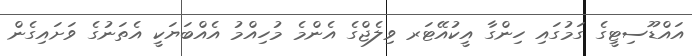
އައްޑޫސިޓީގެ ގަމުގައި ހިންގާ އީކުއޭޓަރ ވިލެޖްގެ އެންމެ މުހިއްމު އެއްބަޔަކީ އެތަނުގެ ވަށައިގެން